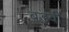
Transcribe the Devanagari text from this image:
बड़वी